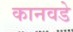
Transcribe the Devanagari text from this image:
कानवडे